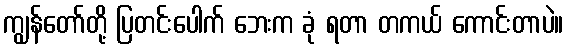
ကျွန်တော်တို့ ပြတင်းပေါက် ဘေးက ခုံ ရတာ တကယ် ကောင်းတာပဲ။